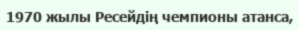
1970 жылы Ресейдің чемпионы атанса,